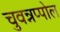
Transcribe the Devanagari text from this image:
चुवन्नप्पोल